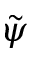
\tilde { \psi }